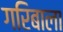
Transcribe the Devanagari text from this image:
गरिबाला